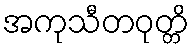
အကုသီတဝုတ္တိ